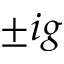
\pm i g